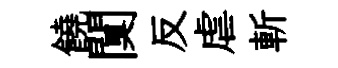
饒闃反虐斬